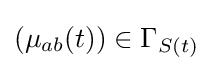
(\mu _{ab}(t))\in \Gamma _{S(t)}